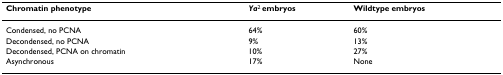
<table><thead><tr><td><b>Chromatin phenotype</b></td><td><b><i>Ya</i><sup>2 </sup>embryos</b></td><td><b>Wildtype embryos</b></td></tr></thead><tbody><tr><td>Condensed, no PCNA</td><td>64%</td><td>60%</td></tr><tr><td>Decondensed, no PCNA</td><td>9%</td><td>13%</td></tr><tr><td>Decondensed, PCNA on chromatin</td><td>10%</td><td>27%</td></tr><tr><td>Asynchronous</td><td>17%</td><td>None</td></tr></tbody></table>